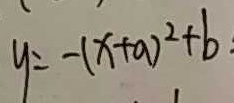
y = - ( x + a ) ^ { 2 } + b